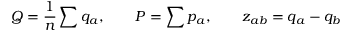
Q = { \frac { 1 } { n } } \sum q _ { a } , \qquad P = \sum p _ { a } , \qquad z _ { a b } = q _ { a } - q _ { b }